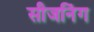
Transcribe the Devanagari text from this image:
सीजनिंग